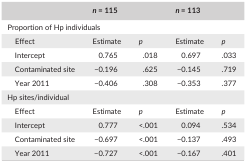
<table><thead><tr><td></td><td colspan="2"><b><i>n </i>= 115</b></td><td colspan="2"><b><i>n </i>= 113</b></td></tr></thead><tbody><tr><td colspan="5">Proportion of Hp individuals</td></tr><tr><td>Effect</td><td>Estimate</td><td><i>p</i></td><td>Estimate</td><td><i>p</i></td></tr><tr><td>Intercept</td><td>0.765</td><td>.018</td><td>0.697</td><td>.033</td></tr><tr><td>Contaminated site</td><td>−0.196</td><td>.625</td><td>−0.145</td><td>.719</td></tr><tr><td>Year 2011</td><td>−0.406</td><td>.308</td><td>−0.353</td><td>.377</td></tr><tr><td colspan="5">Hp sites/individual</td></tr><tr><td>Effect</td><td>Estimate</td><td><i>p</i></td><td>Estimate</td><td><i>p</i></td></tr><tr><td>Intercept</td><td>0.777</td><td>&lt;.001</td><td>0.094</td><td>.534</td></tr><tr><td>Contaminated site</td><td>−0.697</td><td>&lt;.001</td><td>−0.137</td><td>.493</td></tr><tr><td>Year 2011</td><td>−0.727</td><td>&lt;.001</td><td>−0.167</td><td>.401</td></tr></tbody></table>